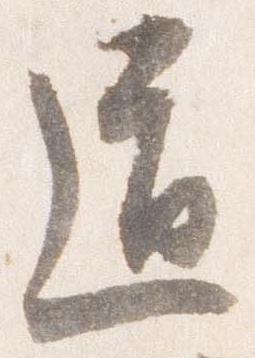
道